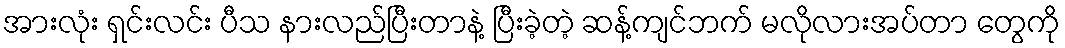
အားလုံး ရှင်းလင်း ပီသ နားလည်ပြီးတာနဲ့ ပြီးခဲ့တဲ့ ဆန့်ကျင်ဘက် မလိုလားအပ်တာ တွေကို